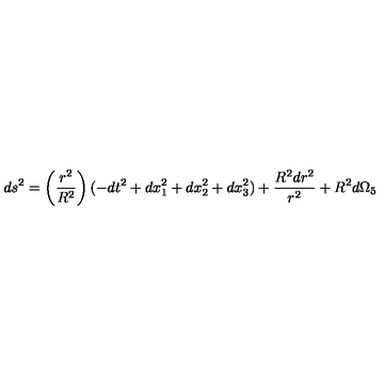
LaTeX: d s ^ { 2 } = \left( \frac { r ^ { 2 } } { R ^ { 2 } } \right) ( - d t ^ { 2 } + d x _ { 1 } ^ { 2 } + d x _ { 2 } ^ { 2 } + d x _ { 3 } ^ { 2 } ) + \frac { R ^ { 2 } d r ^ { 2 } } { r ^ { 2 } } + R ^ { 2 } d \Omega _ { 5 } \